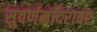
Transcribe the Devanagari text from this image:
सुवर्णमंदिरावर